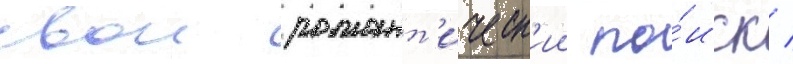
свои романт'ическ'ии по́иск /